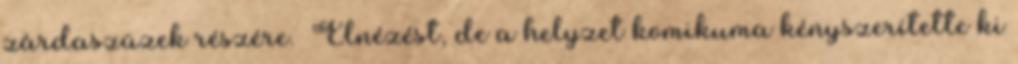
zárdaszüzek részére. Elnézést, de a helyzet komikuma kényszerítette ki